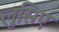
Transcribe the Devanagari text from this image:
लुसिए